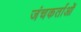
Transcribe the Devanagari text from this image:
जंचकर्ताओं